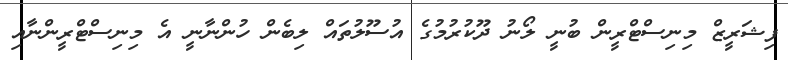
ފިޝަރީޒް މިނިސްޓްރީން ބުނީ ލޯނު ދޫކުރުމުގެ އުސޫލުތައް ލިބެން ހުންނާނީ އެ މިނިސްޓްރީންނާއި